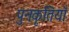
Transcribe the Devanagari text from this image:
पुनःकृतियाँ